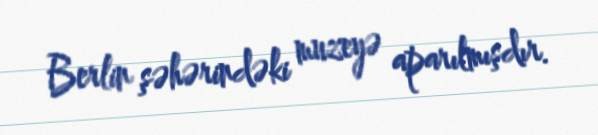
Berlin şəhərindəki muzeyə aparılmışdır.